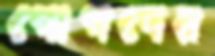
পোপদের